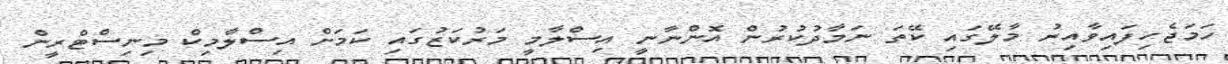
ހަމަޖެހިފައިވާއިރު މާލޭގައި ކޭތަ ނަމާދުކުރުން އޮންނާނީ އިސްލާމީ މަރުކަޒުގައި ކަމަށް އިސްލާމިކް މިނިސްޓްރީން